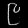
Digit: ၉